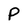
Character: P